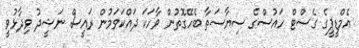
އެމްޑީޕީގެ ގެސްޓް ހައުސްގެ ސިޔާސަތާ ބެހޭގޮތުން ވާހަކަ ދައްކަވަމުން ރައީސް ނަޝީދު ވިދާޅުވީ